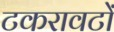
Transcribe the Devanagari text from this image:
टकरावटों